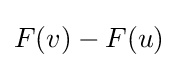
F(v)-F(u)